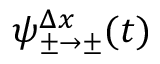
\psi _ { \pm \to \pm } ^ { \Delta x } ( t )